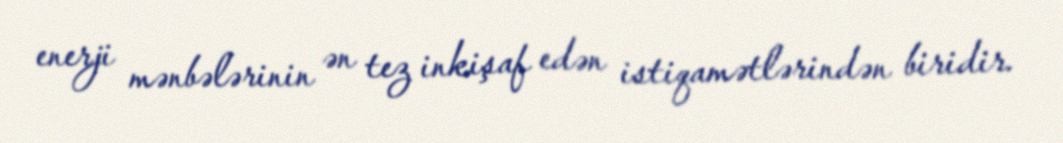
enerji mənbələrinin ən tez inkişaf edən istiqamətlərindən biridir.